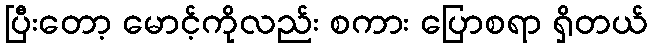
ပြီးတော့ မောင့်ကိုလည်း စကား ပြောစရာ ရှိတယ်